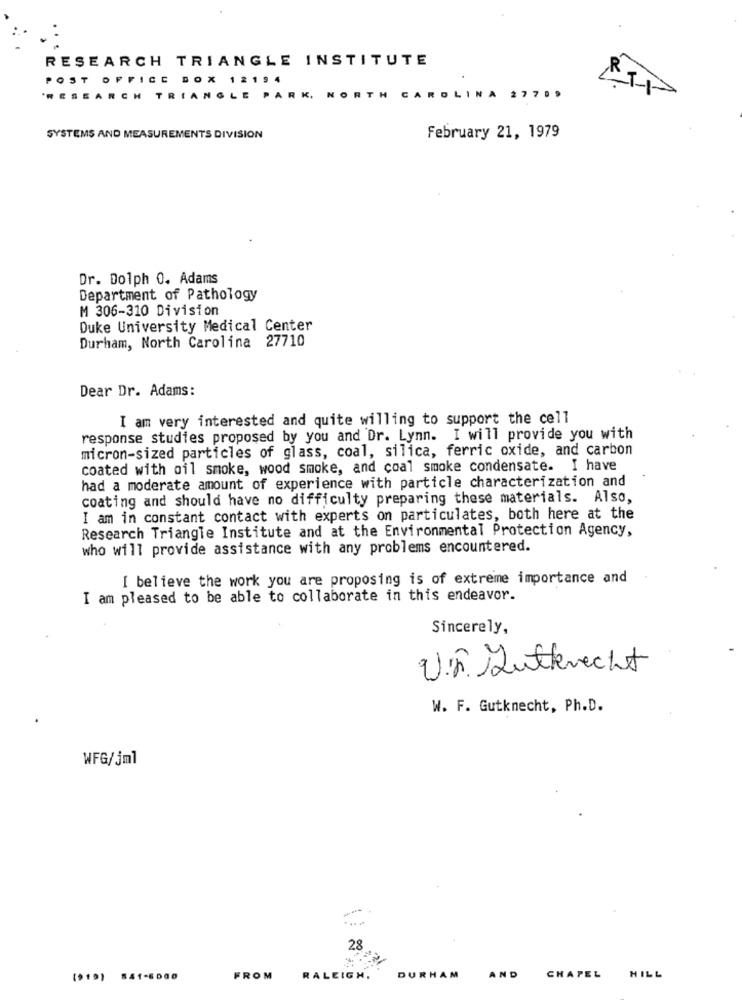
RESEARCH TRIANGLE INSTITUTE
FICC
BOX
CH
T
OLINA 277.9
SYSTEMS AND MEASUREMENTS DIVISION
February 21, 1979
Dr. Dolph 0. Adams
Department of Pathology
M 306-310 Division
Duke University Medical Center
Durham, North Carolina 27710
Dear Dr. Adams:
I am very interested and quite willing to support the cell
response studies proposed by you and Dr. Lynn. I will provide you with
micron-sized particles of glass, coal, silica, ferric oxide, and carbon
coated with oil smoke, wood smoke, and coal smoke condensate. I have
had a moderate amount of experience with particle characterization and
coating and should have no difficulty preparing these materials. Also,
I am in constant contact with experts on particulates, both here at the
Research Triangle Institute and at the Environmental Protection Agency,
who will provide assistance with any problems encountered.
I believe the work you are proposing is of extreme importance and
I am pleased to be able to collaborate in this endeavor.
Sincerely,
Ur. Kuttrecht
W. F. Gutknecht, Ph.D.
WFG/jml
28
(919) 541-6000
FROM
RALEIGH.
DURHAM
AND
CHAPEL
HILL